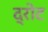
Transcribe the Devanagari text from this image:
द्रोट